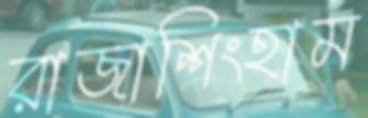
রাজাশিংহাম